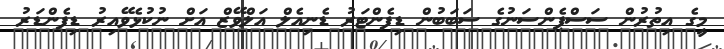
މީގެ އިތުރުން ސަސްޕެންސަނުގެ ސަބަބުން ޑިފެންޓަރު ޑެނިއެލް އަލްވޭޒް އަށް ނުކުޅެވޭއިރު ޑިފެންޑަރު